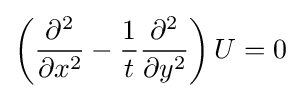
\left({\frac {\partial ^{2}}{\partial x^{2}}}-{\frac {1}{t}}{\frac {\partial ^{2}}{\partial y^{2}}}\right)U=0